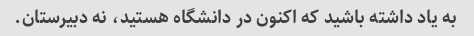
به یاد داشته باشید که اکنون در دانشگاه هستید، نه دبیرستان.